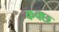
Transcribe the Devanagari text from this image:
कक्छ